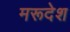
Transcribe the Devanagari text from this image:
मरूदेश